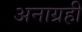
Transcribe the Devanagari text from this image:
अनाग्रही